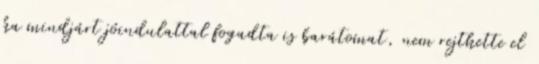
ha mindjárt jóindulattal fogadta is barátomat, nem rejthette el